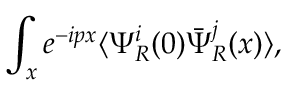
\int _ { x } e ^ { - i p x } \langle \Psi _ { R } ^ { i } ( 0 ) \bar { \Psi } _ { R } ^ { j } ( x ) \rangle ,